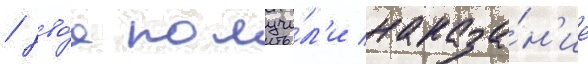
/ дво́е получи́л'и наказа́н'ие